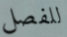
للفصل